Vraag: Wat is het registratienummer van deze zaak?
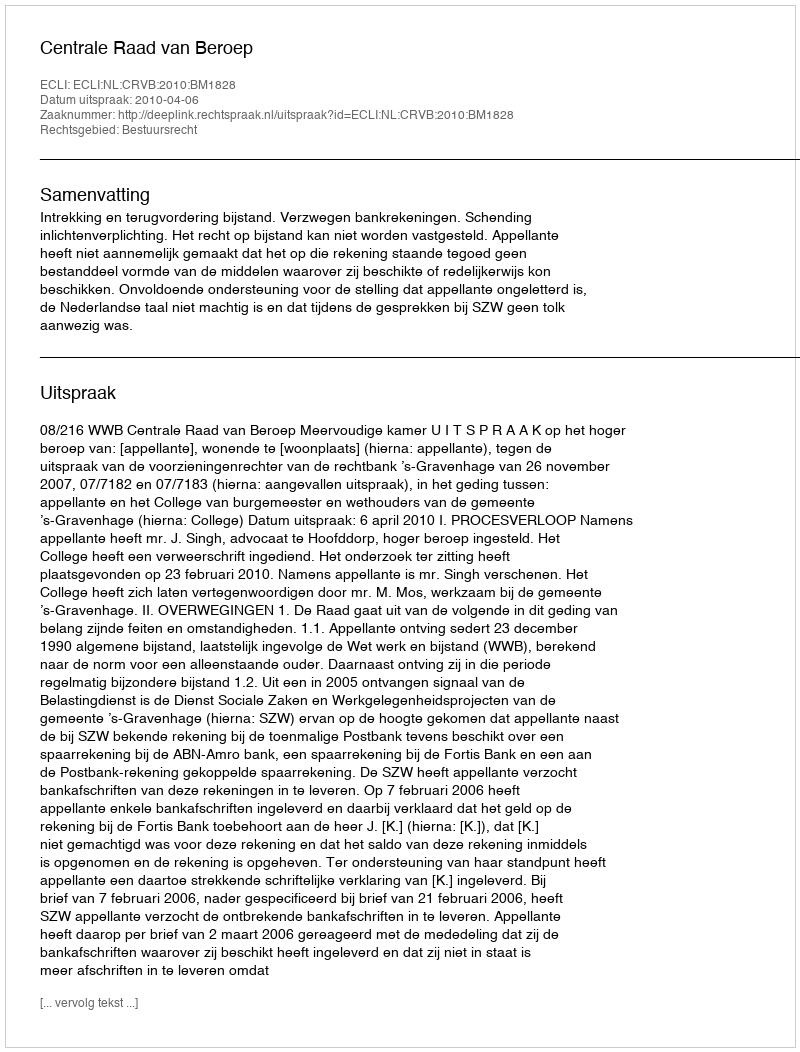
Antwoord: http://deeplink.rechtspraak.nl/uitspraak?id=ECLI:NL:CRVB:2010:BM1828